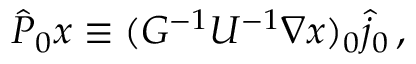
\begin{array} { r } { \hat { P } _ { 0 } x \equiv ( G ^ { - 1 } U ^ { - 1 } \nabla x ) _ { 0 } \hat { j } _ { 0 } \, , } \end{array}